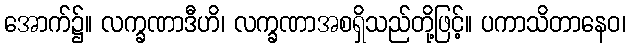
အောက်၌။ လက္ခဏာဒီဟိ၊ လက္ခဏာအစရှိသည်တို့ဖြင့်။ ပကာသိတာနေဝ၊